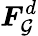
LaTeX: {\boldsymbol{F}}_{\mathcal{G}}^{d}